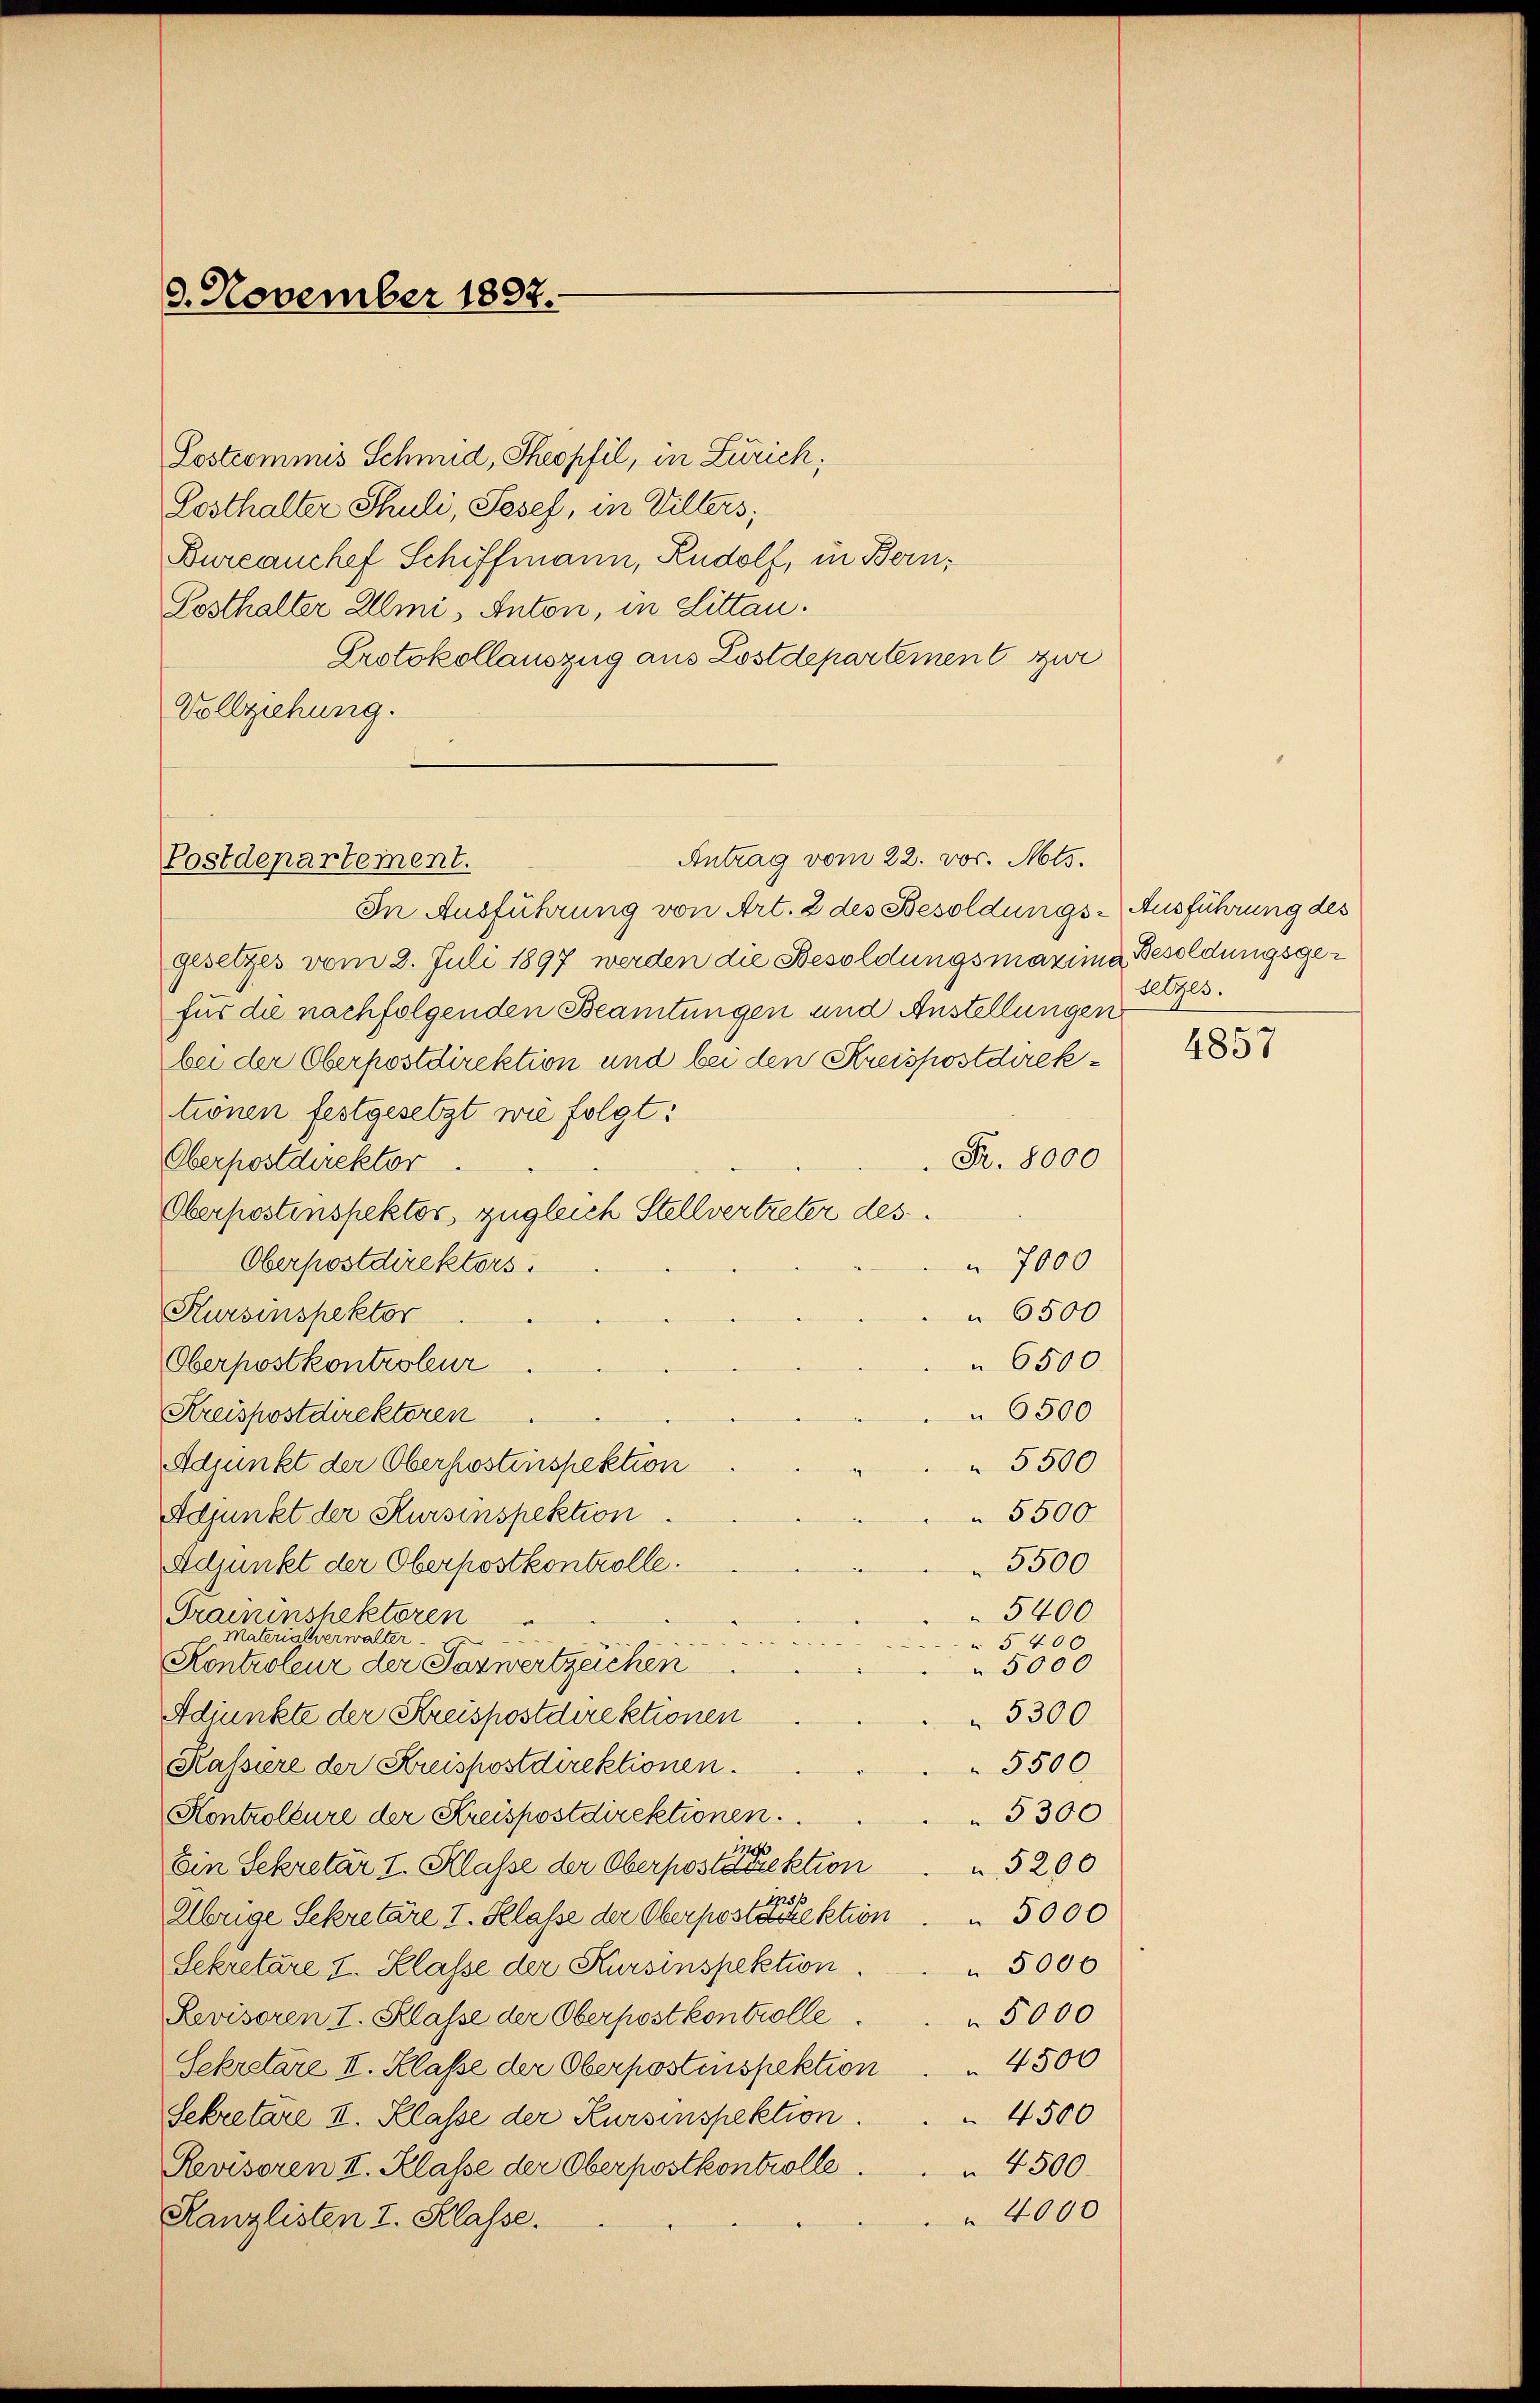
3. November 1897.

Lostromnis Schmid, Theopfil, in Zürich,
Losthalter Schuli, Pesef, in Villers,
Bureauchef Schiffmann, Rudolf, in Bern,
Posthalter Allmi, Anton, in Littan.
Protokollauszug aus Lostdepartement zur
Vollziehung.

Antrag vom 22. vor. Mts.
Postdepartement.

In Ausführung von Art. 2 des Besoldungs-Ausführung des
gesetzes vom 2. Juli 1897 werden die Besoldungsmaxime Besoldungsgefür die nachfolgenden Beamtungen und Anstellungen
bei der Oberpostdirektion und bei den Kreispostdirektrönen festgesetzt wie folgt:
Fr. 8000
Oberpostdirektor.
Oberpostenspektor, zugleich Stellvertreter des
Oberpostdirektors.
7000
Kursinspektor
 6500
6500.
Oberpostkontroleur
6500
Kreispostdirektoren
Adjunkt der Oberhostinspektion
5500
5500.
Adjunkt der Kursinspektion
5500
Adjunkt der Oberpostkontrolle.
5400
Graininshektoren
Materialverwalter
5400
Kontroleur der Taxwertzeichen
 5000
5300
Adjunkte der Kreispostdirektionen
5500
Kassiere der Kreispostdirektionen.
5300
Kontroleure der Kreispostdirektionen.
5200
Ein Sekretär I. Klasse der Oberposten aktion
151.
Übrige Sekretäre I. Klasse der Oberpostdirektion . . 5000
 5000
Sekretäre I. Klasse der Kursinspektion.
5000
Sevisoren I. Klasse der Oberpostkontrolle
Sekretare II. Klasse der Oberpostinspektion . . 4500
Sekretäre II. Klasse der Kursinspektion                  4500
Revisoren II. Klasse der Oberpostkontrolle.
 4500.
4000
Kanzlisten I. Klasse.

telges.

4857